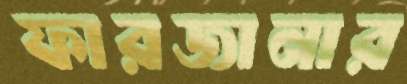
ফারজানার